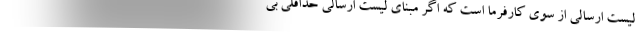
لیست ارسالی از سوی کارفرما است که اگر مبنای لیست ارسالی حداقلی بی